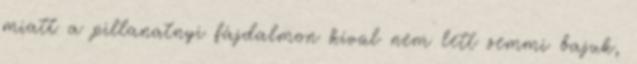
miatt a pillanatnyi fájdalmon kívül nem lett semmi bajuk,